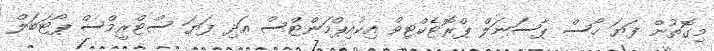
މިގޮތުން ފަޔަ ހޯސް ޕާސަނަލް ޕްރޮޓެކްޓިވް އިކުއިޕްމަންޓްސް އަދި ފަޔަ ސްޓްރީމްސް ޕޯޓަބަލް